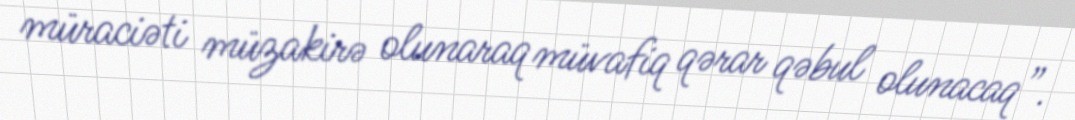
müraciəti müzakirə olunaraq müvafiq qərar qəbul olunacaq”.